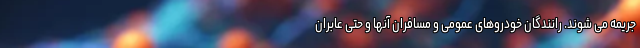
جریمه می شوند. رانندگان خودروهای عمومی و مسافران آنها و حتی عابران